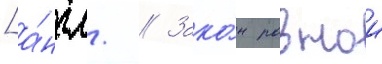
[а́нгл. // Зако́н равнои